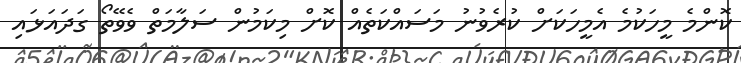
ކޮންމެ މީހަކުމެ އެމީހަކަށް ކުރެވުނު މަސައްކަތެއް ކޮށް މިކަމުން ސަލާމަތް ވެވޭތޯ ގަދައަޅައި